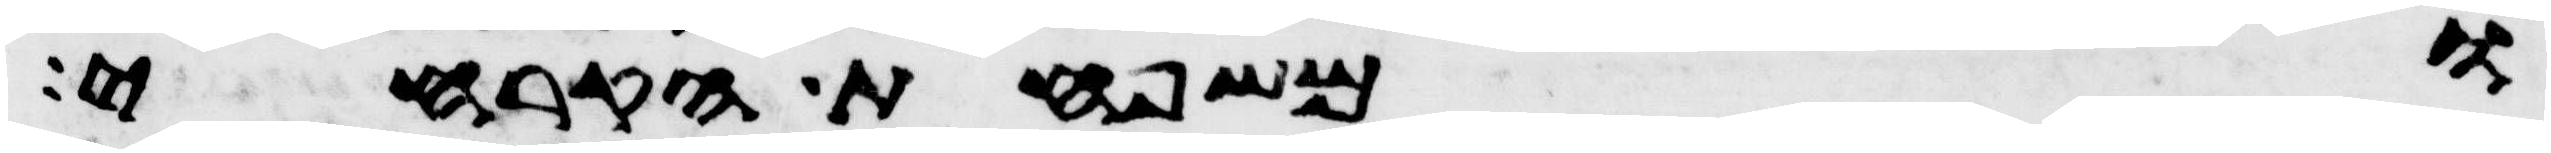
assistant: ומשפחת הקרחי